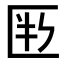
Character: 𠤶